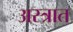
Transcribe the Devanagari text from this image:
अस्त्रात